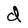
Character: d